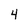
Character: 4